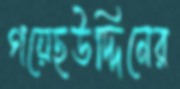
গয়েছউদ্দিনের